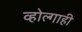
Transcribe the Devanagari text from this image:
व्होल्गाही